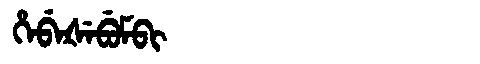
Manchu: ᡥᡝᠪᡝᡧᡝᠪᡠᠮᠪᡳ
Romanization: HEBEŠEBUMBI